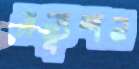
সল্যুশন